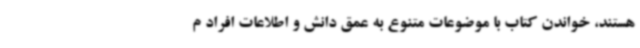
هستند، خواندن کتاب با موضوعات متنوع به عمق دانش و اطلاعات افراد م